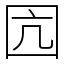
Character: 囥